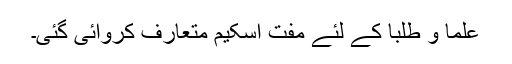
علما و طلبا کے لئے مفت اسکیم متعارف کروائی گئی۔